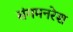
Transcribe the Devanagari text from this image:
संगमनरेश